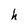
Character: h